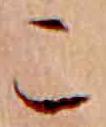
こ